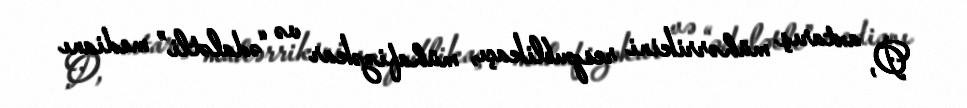
O, axtarış mühərrikini respublikaçı, mühafizəkar və “ədalətli” medianı